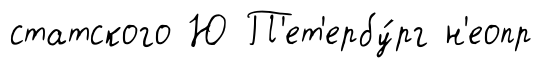
статского Ю П'ет'ербу́рг н'еопр